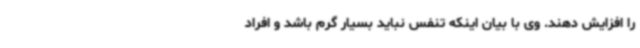
را افزایش دهند. وی با بیان اینکه تنفس نباید بسیار گرم باشد و افراد